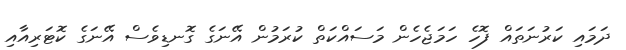
ދަމައި ކަރުނަތައް ފޮހެ ހަމަޖެހެން މަސައްކަތް ކުރަމުން އޭނަގެ ގޮނޑިވެސް އޭނަގެ ކޮޓަރިއާއި